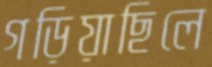
গড়িয়াছিলে